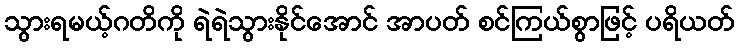
သွားရမယ့်ဂတိကို ရဲရဲသွားနိုင်အောင် အာပတ် စင်ကြယ်စွာဖြင့် ပရိယတ်